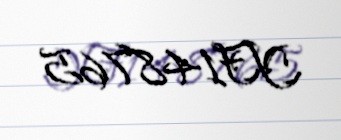
YF148765